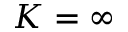
K = \infty